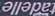
tadelle